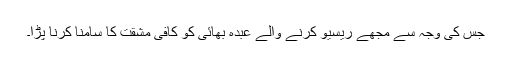
جس کی وجہ سے مجھے ریسیو کرنے والے عبدہ بھائی کو کافی مشقت کا سامنا کرنا پڑا۔